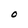
Character: O